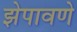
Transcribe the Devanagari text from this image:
झेपावणे